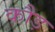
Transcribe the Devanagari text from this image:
कौड़